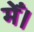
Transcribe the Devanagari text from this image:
मेँ।